Annual report of the Civil Veterinary Department, Bengal, and of the Bengal Veterinary College, for the year 1900-1901 - 1900-1901
Year: 1900
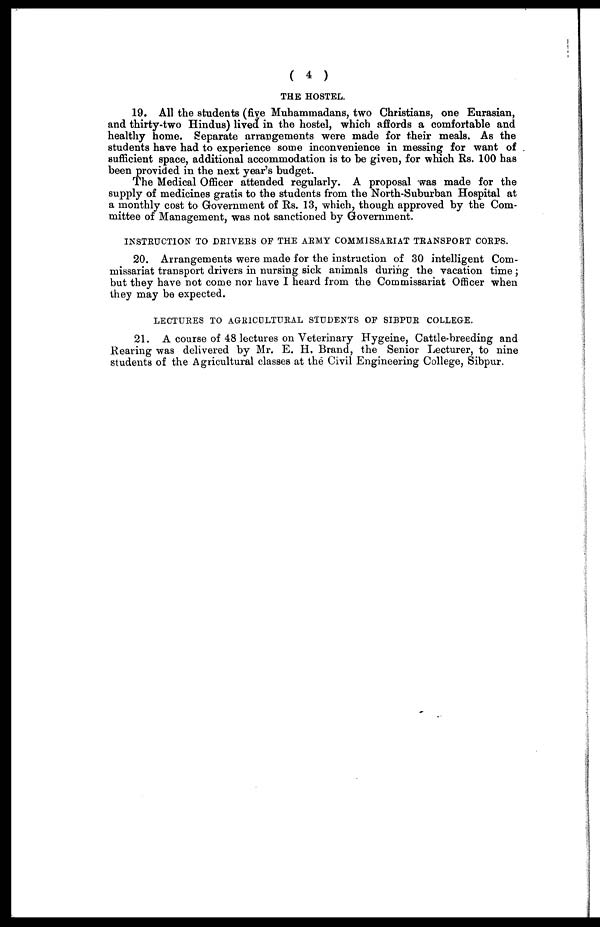
( 4 )
THE HOSTEL.
19. All the students (five Muhammadans, two Christians, one Eurasian,
and thirty-two Hindus) lived in the hostel, which affords a comfortable and
healthy home. Separate arrangements were made for their meals. As the
students have had to experience some inconvenience in messing for want of
sufficient space, additional accommodation is to be given, for which Rs. 100 has
been provided in the next year's budget.
The Medical Officer attended regularly. A proposal was made for the
supply of medicines gratis to the students from the North-Suburban Hospital at
a monthly cost to Government of Rs. 13, which, though approved by the Com-
mittee of Management, was not sanctioned by Government.
INSTEUCTION TO DEIVEES OF THE ABMY COMMISSAEIAT TRANSPORT CORPS.
20. Arrangements were made for the instruction of 30 intelligent Com-
missariat transport drivers in nursing sick animals during the vacation time;
but they have not come nor have I heard from the Commissariat Officer when
they may be expected.
LECTUEES TO AGRICULTUEAL STUDENTS OF SIBPUR COLLEGE.
21. A course of 48 lectures on Veterinary Hygeine, Cattle-breeding and
Rearing was delivered by Mr. E. H. Brand, the Senior Lecturer, to nine
students of the Agricultural classes at the Civil Engineering College, Sibpur,